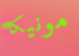
مونيكا